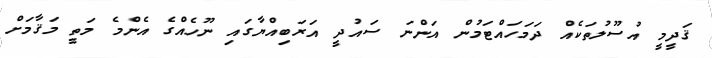
ޤަދީމީ އުސޫލުތަކެއް ދަމަހައްޓަމުން އަންނަ ސައުދީ އަރަބިއްޔާގައި ނޫހެއްގެ އެންމެ މަތީ މަޤާމަށް